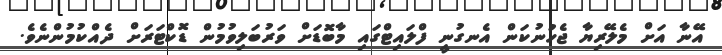
އޭނާ އަށް މެލޭރިޔާ ޖެހުނުކަން އެނގުނީ ފްލައިޓްގައި މާބޮޑަށް ވަރުބަލިވުމުން ޑޮކްޓަރަށް ދެއްކުމުންނެވެ.